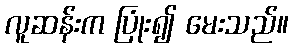
လူဆန်းက ပြုံး၍ မေးသည်။